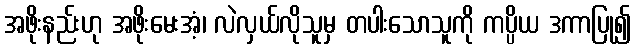
အဖိုးနည်းဟု အဖိုးမေးအံ့၊ လဲလှယ်လိုသူမှ တပါးသောသူကို ကပ္ပိယ ဒကာပြု၍